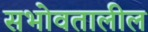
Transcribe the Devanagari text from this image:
सभोवतालील